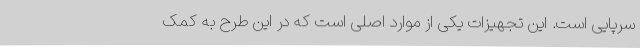
سرپایی است. این تجهیزات یکی از موارد اصلی است که در این طرح به کمک